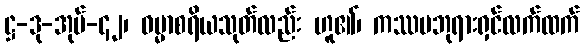
ဋ္ဌ-ဒု-အုပ်-၄၂၊ ဓမ္မာစရိယသုတ်လည်း ဟူ၏၊ ကဿပဘုရားရှင်လက်ထက်